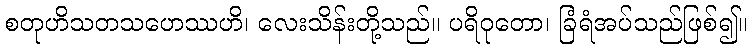
စတုဟိသတသဟေဿဟိ၊ လေးသိန်းတို့သည်။ ပရိဝုတော၊ ခြံရံအပ်သည်ဖြစ်၍။